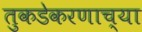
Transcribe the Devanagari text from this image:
तुकडेकरणाच्या